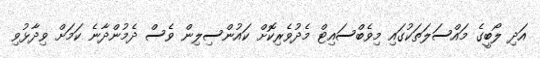
އަދި ލޯބީގެ މައްސަލަތަކުގައި މިވެބްސައިޓް މެދުވެރިކޮށް ކައުންސިލިން ވެސް ދެމުންދާނެ ކަމަށް ވިދާޅުވި